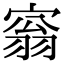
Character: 𡩥